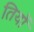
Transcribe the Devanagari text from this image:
तियों